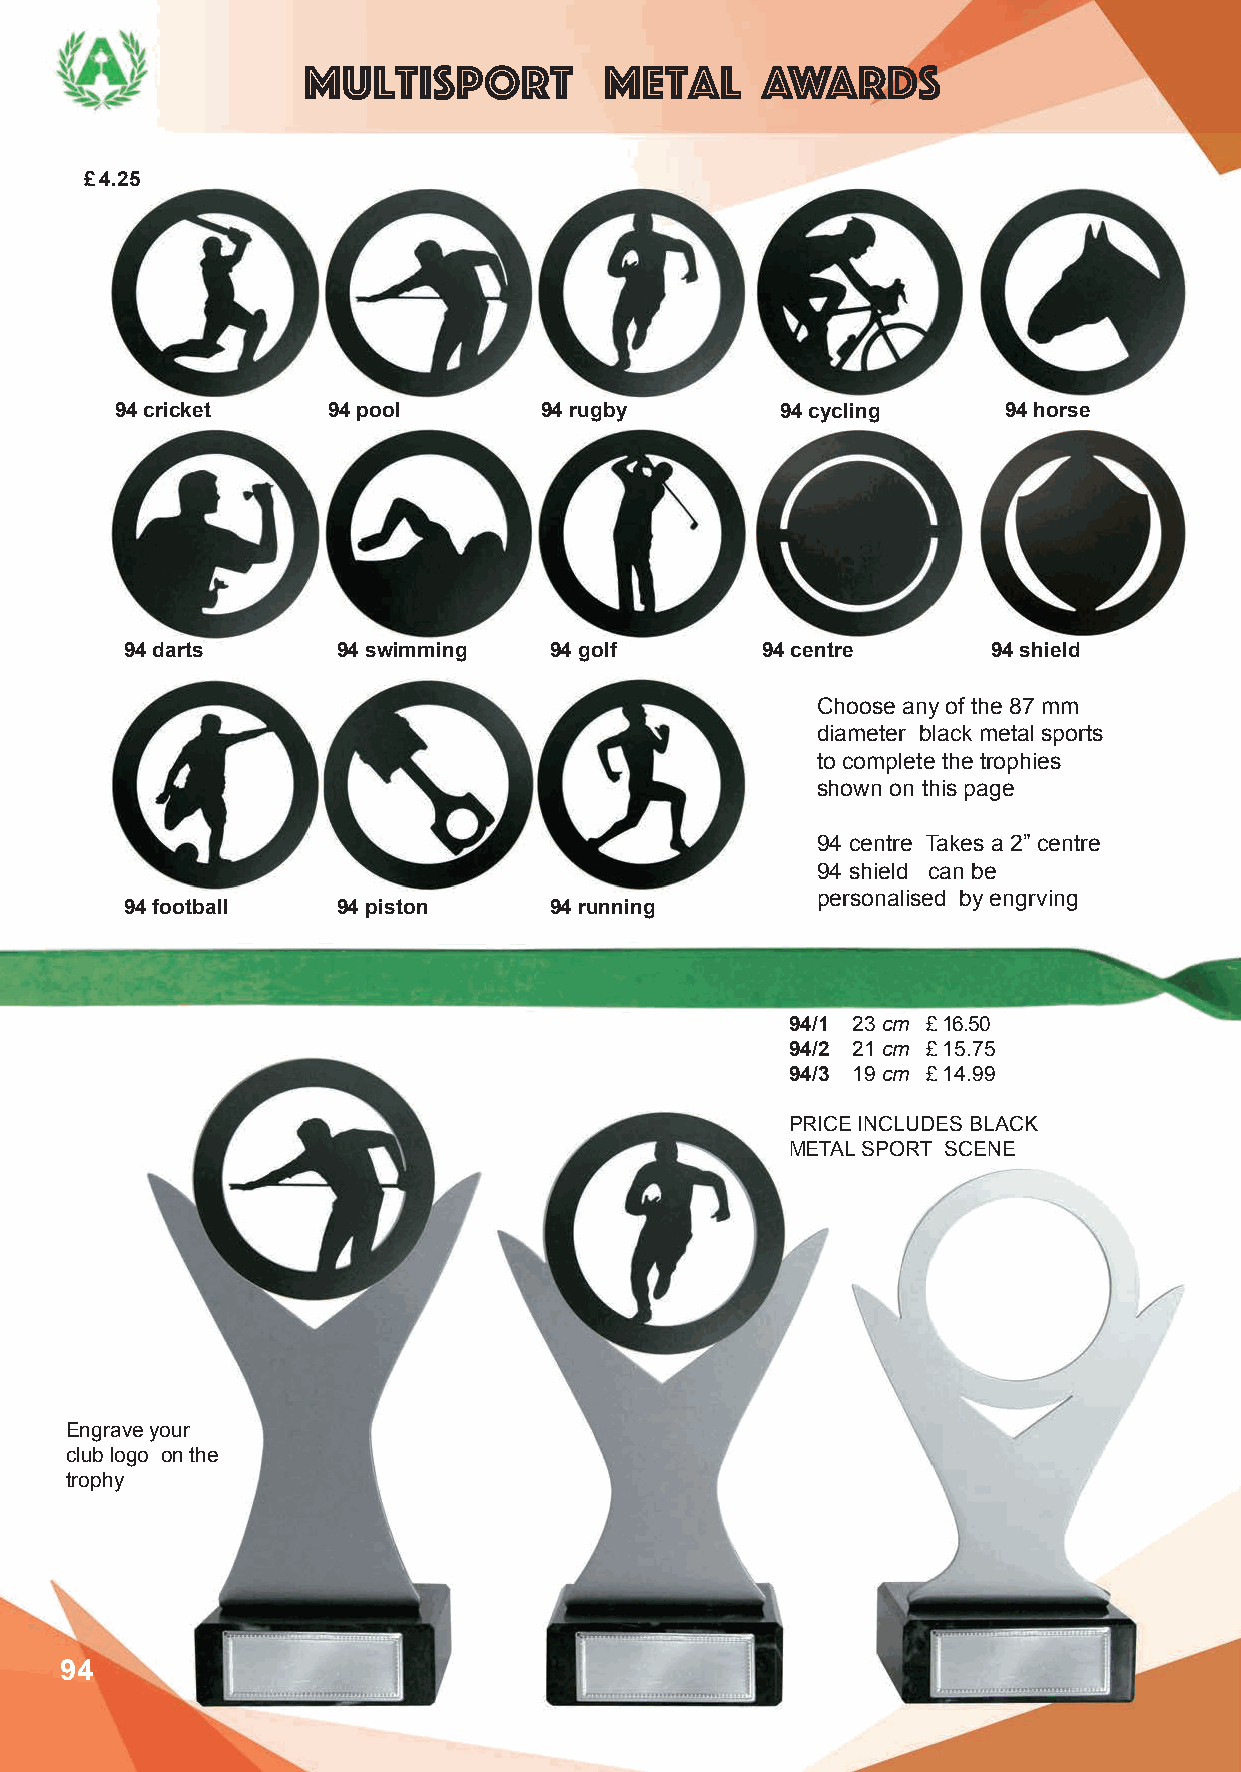
Multisport          Metal     Awards
 £ 4.25
 94 cricket    94 pool       94 rugby        94 cycling     94 horse
 94 darts      94 swimming   94 golf       94 centre       94 shield
 Choose any of the 87 mm
 diameter black metal sports
 to complete the trophies
 shown on this page
 94 centre Takes a 2” centre
 94 shield can be
 personalised by engrving
 94 football   94 piston     94 running
 94/1 23 cm £ 16.50
 94/2 21 cm £ 15.75
 94/3 19 cm £ 14.99
 PRICE INCLUDES BLACK
 METAL SPORT SCENE
 Engrave your
 club logo on the
 trophy
 94